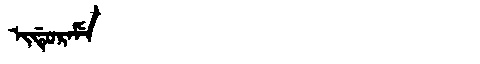
Manchu: ᡳᡩᡠᡵᠠᠮᡝ
Romanization: IDURAME